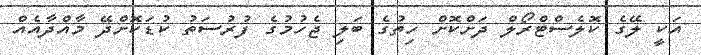
އަކީ ލޭގެ ކޮލެސްޓްރޯލް ދަށްކޮށް ހިތުގެ ބަލި ޖެހުމުގެ ފުރުސަތު ކުޑަކޮށްދޭ މާއްދާއެއް